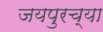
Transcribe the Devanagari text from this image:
जयपुरच्या